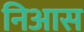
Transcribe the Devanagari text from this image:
निआस